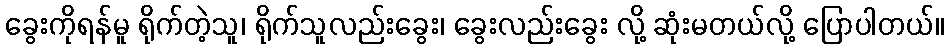
ခွေးကိုရန်မူ ရိုက်တဲ့သူ၊ ရိုက်သူလည်းခွေး၊ ခွေးလည်းခွေး လို့ ဆုံးမတယ်လို့ ပြောပါတယ်။